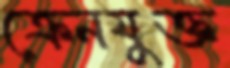
ক্রেনযুক্ত